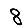
Digit: 8